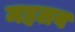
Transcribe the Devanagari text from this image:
मह्रतव